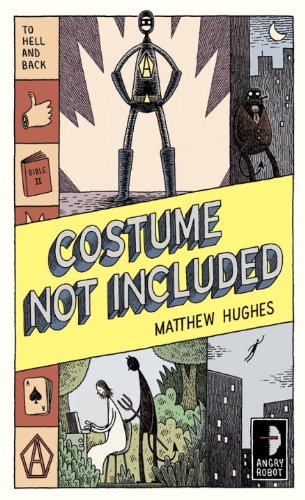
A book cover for Costume Not Included: To Hell and Back, Book 2; Matthew Hughes; Science Fiction & Fantasy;